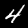
Digit: 4